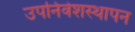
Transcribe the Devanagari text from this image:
उपनिवेशस्थापन